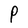
Character: P